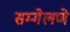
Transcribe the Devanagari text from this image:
सम्मेलणे